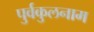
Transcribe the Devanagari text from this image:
पुर्वकुलनाम